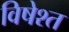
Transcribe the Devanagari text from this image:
विषेश्त